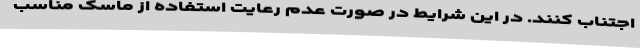
اجتناب کنند. در این شرایط در صورت عدم رعایت استفاده از ماسک مناسب